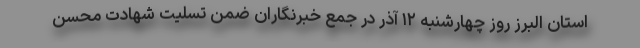
استان البرز روز چهارشنبه ۱۲ آذر در جمع خبرنگاران ضمن تسلیت شهادت محسن